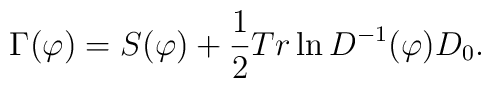
\Gamma(\varphi)=S(\varphi)+\frac{1}{2}Tr\ln D^{-1}(\varphi)D_{0}.